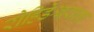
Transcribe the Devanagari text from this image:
रोहिडेश्वराला